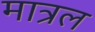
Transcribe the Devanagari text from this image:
मात्रल